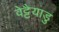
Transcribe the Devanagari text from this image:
वेट्टैयाडु